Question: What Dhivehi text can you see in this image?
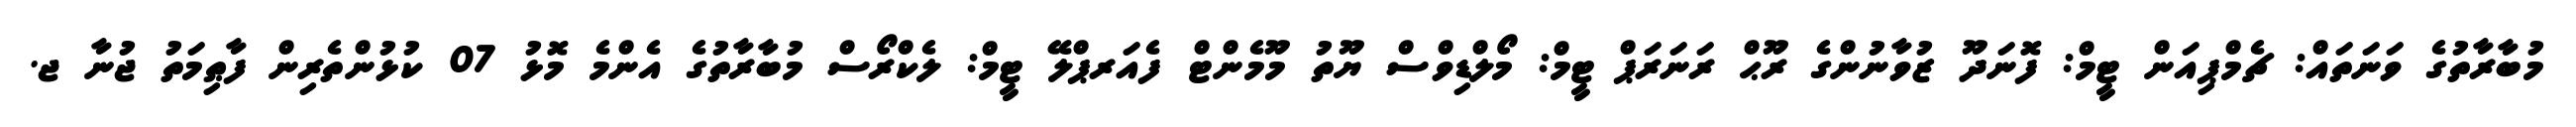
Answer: މުބާރާތުގެ ވަނަތައް: ޗެމްޕިއަން ޓީމް: ފޮނަދޫ ޒުވާނުންގެ ރޫޙް ރަނަރަޕް ޓީމް: މޯލްޑިވްސް ޔޫތު މޫމެންޓް ފެއަރޕްލޭ ޓީމް: ލެކްރޯސް މުބާރާތުގެ އެންމެ މޮޅު 07 ކުޅުންތެރިން ފާޠިމަތު ޖުނާ ޖ.